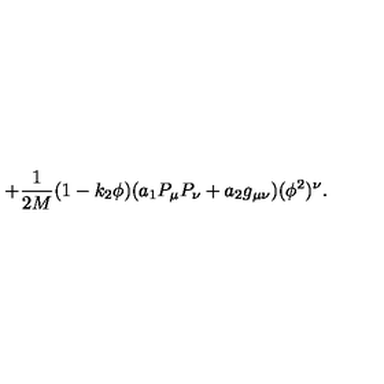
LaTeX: + \frac { 1 } { 2 M } ( 1 - k _ { 2 } \phi ) ( a _ { 1 } P _ { \mu } P _ { \nu } + a _ { 2 } g _ { \mu \nu } ) ( \phi ^ { 2 } ) ^ { \nu } .